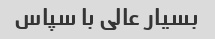
بسیار عالی با سپاس